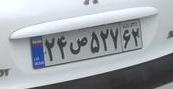
۲۴ص۵۲۷۶۲